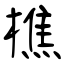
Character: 樵